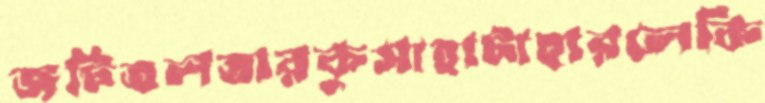
জটিতলতারকুসাহাটাহারলেকি